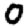
Digit: 0